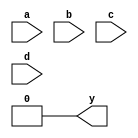
/* Generated by Yosys 0.9 (git sha1 1979e0b) */

module multiple_module_opt2(a, b, c, d, y);
  wire \U1.y ;
  wire \U2.y ;
  wire \U3.y ;
  input a;
  input b;
  input c;
  input d;
  output y;
  assign \U1.y  = 1'h0 & a;
  assign \U2.y  = c & b;
  assign \U3.y  = d & \U2.y ;
  assign y = \U1.y  & \U3.y ;
endmodule